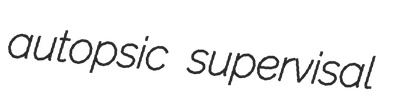
autopsic supervisal